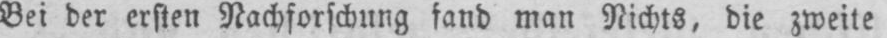
Bei der ersten Nachforschung fand man Nichts, die zweite